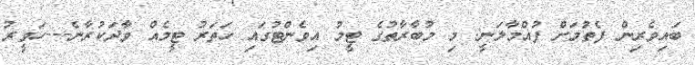
ބައިވެރިން ފެތުމަށް ފުއްމާލަނީ: މި މުބާރާތުގެ ޓީމު އިވެންޓުގައި ހަތަރު ޓީމެއް ވާދަކުރާނެ---ހަވީރު